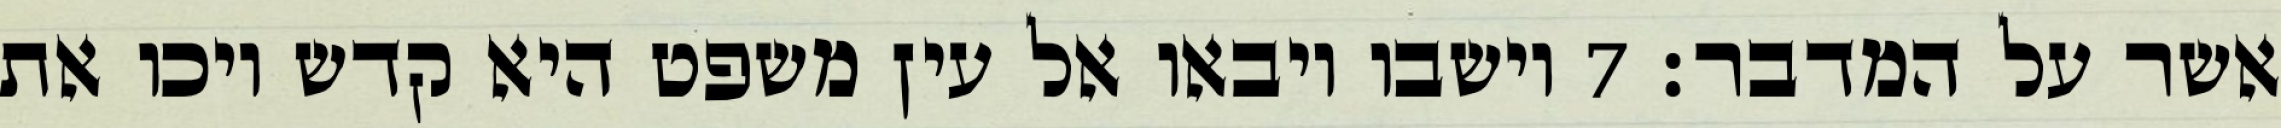
אשר על המדבר׃ ‎7‏ וישבו ויבאו אל עין משפט היא קדש ויכו את